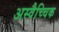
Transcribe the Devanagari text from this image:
अस्वैच्चिक